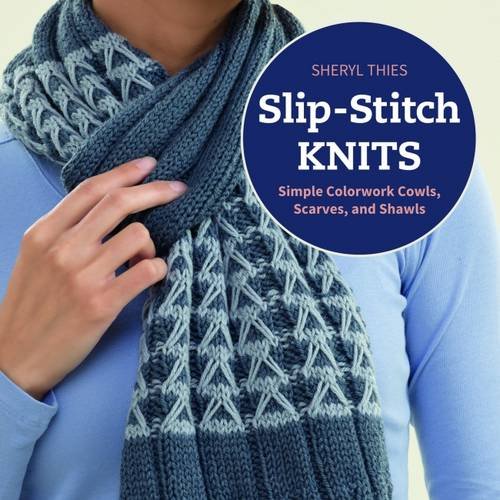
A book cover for Slip-stitch Knits: Simple Colorwork Cowls, Scarves, and Shawls; Sheryl Thies; Crafts, Hobbies & Home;